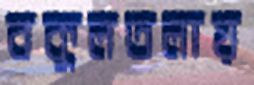
বকুলতলায়